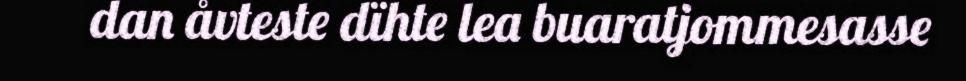
dan åvteste dïhte lea buaratjommesasse